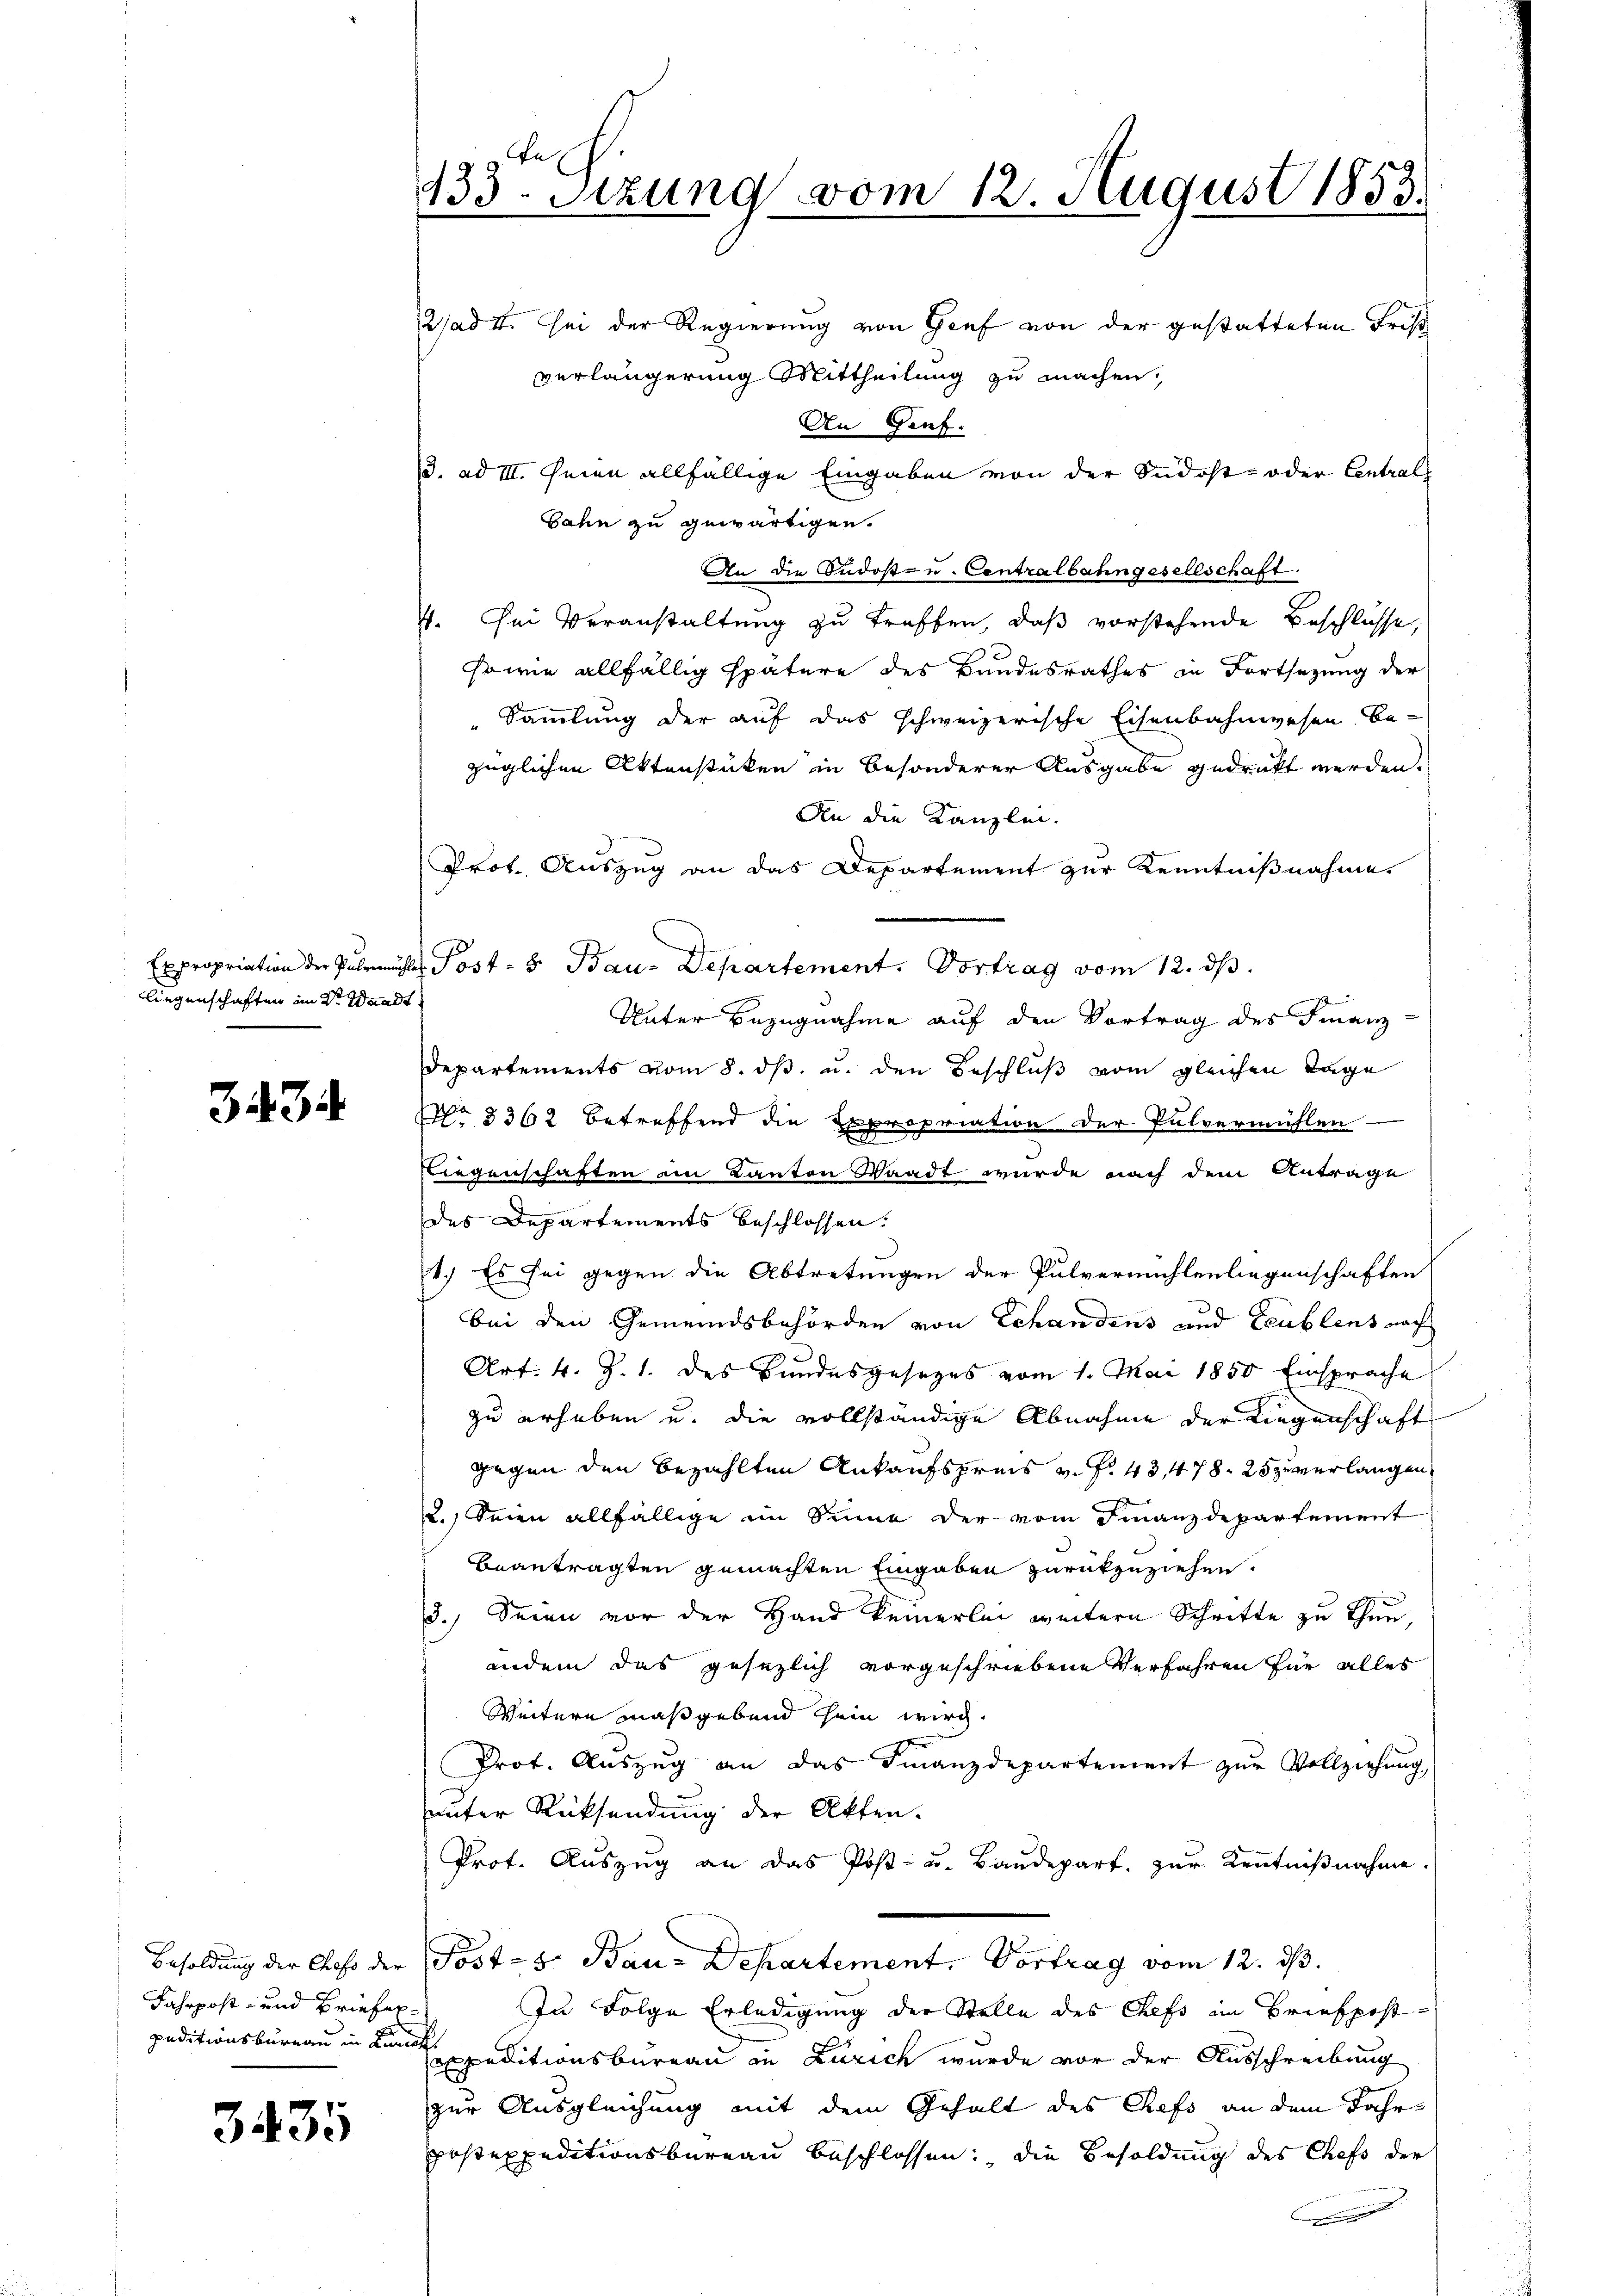
liegenschaften im Dr. Waadt

3434.

Fahrpost- und Briefer¬

3435

En
133. Sitzung vom 12. August 1853.
2sad 4. sei der Regierung von Genf von der gestatteten Frist
verlängerung Mittheilung zu machen,
An Genf.

/3. ad III. Seien allfällige Eingaben von der Südost- oder Centrals
Bahn zu gewärtigen.
An die Ondost- u. Centralbahngesellschaft.
4. ei Veranstaltung zu treffen, daß vorstehende Beschlüsse,
sowie allfällig spätere des Bundesrathes in Fortsetzung der
Sammlung der auf das schweizerische Eisenbahnwesen bezüglichen Aktenstücken in besonderer Ausgabe gedruckt werden.
An die Kanzlei.
Prot. Auszug an das Departement zur Kenntnißnahme
Expropriation der Pulrmühler Post- 8. Bau-Departement. Vortrag vom 12. ds.
Unter Bezugnahme auf den Vortrag des Finanz-
Departements vom 8. ds. u. den Beschluß vom gleichen Tage
No 3362 betreffend die Expropriation der Pulvermühlen —
Liegenschaften am Kanton Waadt wurde nach dem Antrage
des Departements beschlossen.
1.) Es sei gegen die Abtretungen der Pulvermühlenliegenschaften
bei den Gemeindsbehörden von Schandens und Leublens nach
Art. 4. Z. 1. des Bundesgesetzes vom 1. Mai 1850 Einsprache
zu erheben u. die vollständige Abnahme der Liegenschaft
gegen den bezahlten Ankaufspreis v. P. 43,478. 25 zu verlangen
2.) Seien allfällige im Sinne der vom Finanzdepartement
beantragten gemachten Eingaben zurückzuziehen.
3.) Seien vor der Hand keinerlei weitern Schritte zu thun,
andem das gesezlich vorgeschriebene Verfahren für alles
Weitern maßgebend sein wird.
Prot. Auszug an das Finanzdepartement zur Vollziehung
unter Rücksendung der Akten.
Prot. Aŭszŭg an das Post- u. Baŭdepart. zur Kenntniβnahme.
Besoldung der Chef der Post- & Bau-Departement. Vortrag vom 12. ds.
In Folge Erledigung der Stelle des Chefs im Briefpost-
peditionsbüreau in den peditionsbureau in Zürich wurde vor der Ausschreibung
zur Ausgleichung mit dem Gehalt des Chefs an dem Jahrpostexpeditionsbureau beschlossen: die Besoldung des Chefs der
.